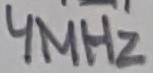
Text: 4MHz